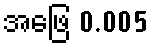
အဖြေ 0.005